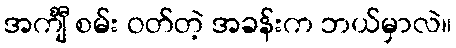
အင်္ကျီ စမ်း ဝတ်တဲ့ အခန်းက ဘယ်မှာလဲ။